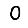
Digit: 0